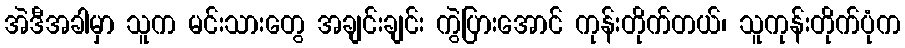
အဲဒီအခါမှာ သူက မင်းသားတွေ အချင်းချင်း ကွဲပြားအောင် ကုန်းတိုက်တယ်၊ သူကုန်းတိုက်ပုံက